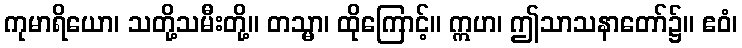
ကုမာရိယော၊ သတို့သမီးတို့။ တသ္မာ၊ ထိုကြောင့်။ ဣဟ၊ ဤသာသနာတော်၌။ ဧဝံ၊